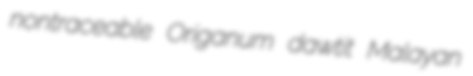
nontraceable Origanum dawtit Malayan